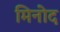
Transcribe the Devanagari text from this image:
मिनोद